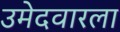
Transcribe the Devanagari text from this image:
उमेदवारला